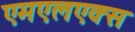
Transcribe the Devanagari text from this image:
एमएलएक्स